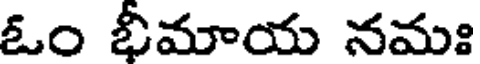
ఓం భీమాయ నమః